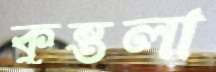
কুন্তলা